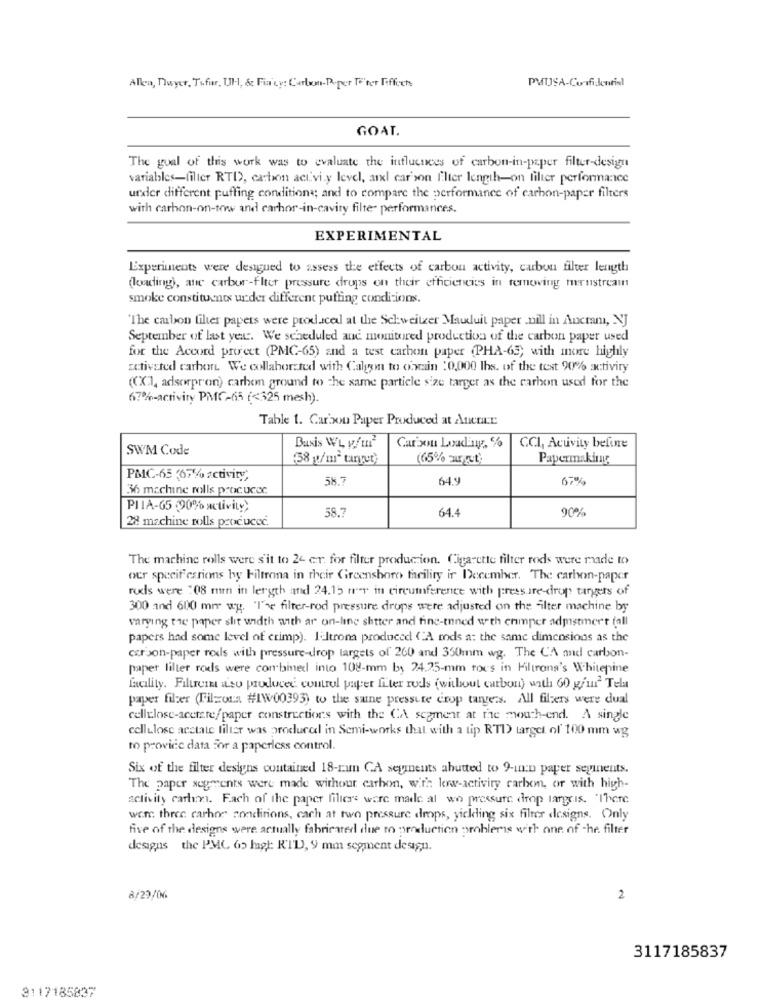
PMUSA-Confidential
Allen, Dwyer, Tifier, Ul ., & Fia'cy: Carlwm-Poper Te'ter Fiffoch
GOAT.
The goal of this work was to evaluate the influences of carbon-in-paper filter-design
variables-filter RTI, cation activity level, and carson filter length-on filter performance
under different puffing conditions; and to compare the performance of carbon-paper filters
with carbon-on-wow and carhor-in-cavity filte- performances.
EXPERIMENTAL
Experiments were designed to assess the effects of carbon activity, carbon filter length
(loading), ate carbor-fIter pressure drops on their efficiencies in temoving merustream
smoke constituents under different puffing conditions.
"The carbon filter papers were produced at the Schweitzer Mauduit paper nill in Ancram, NJ
September of last yer :. We scheduled and monitored production of the carbon paper used
for the Accord project (PMC-65) and a test carbon paper (PHA-65; with more highly
activated carbon We collaborated with Calgon to obrain 20,000 lbs. of the test 90% activity
(CX'], adsorpron) carbon ground to the same particle size targer as the carbon used for the
67%-activity PMC-65 (<325 mesh).
Table 1. Carbon Paper Produced at Aurar
SWM Code
Basis WL wft'
Carson Loading, %
CCI, Acuvity before
(58 g/mª tunyet)
(65% must'
Papermaking
PBC-65 ,67% activity,
58.7
64.9
67%
36 machine rolls procucoc
PIIA-65 90% activity;
58.7
64.4
90%
28 machine rolls produced.
The machine rolls were s'it to 24 er. for filter production. Cigarette filter rods were made to
our specif esrions hy Filtrona in their Greensboro facility ir December. The carbon-paper
rods were :08 mm in length and 24.12 - in circumference with pressure-drop targets of
300 and 600 mm wy. The filter-rod pressure drops were adjusted on the filter machine by
varying the paper slit width with ar on-line shtter and fine-tuned uth enimper admstmert (all
papers had some level of crimp). Iltrona produced ("A mods a: the same dimensions as the
carbon-paper rods with pressure-drop targets of 260 and 350mm wg. The CA and carbon-
paper filter rods were combined into 108-mm by 24.25-mm tous in Filtrona's Whitepine
facility. Filtrem a'so produced control paper fiter rods (without carbon) with 60 gur Tela
paper filter (Filzona #1W00393) to the same pressure crop tangens. All filters were dual
cellulose-acetate/paper constructions with the CA segment at the mouth-end. A single
cellulose acciate filter was produced in Semi-works that with a tip RTI) target of 100 mm wg
to provide data for a paperless control.
Six of the filter designs contained 18-run GA segments abutted to 9-inn paper seginents.
The paper segments were made withour carbon, with loww-activity carbon, or with high-
activity carbon. Fach of the paper fillers were made al wo pressure drop large.is. "There
were three carhoe conditions, cach at two pressure drops, yielding six filter designs. Only
five of the designs were actually fabricated due to production problems with one of -he. filter
designs the PMC 65 lagt: KID, 9 mm segment design.
8/29/06
2
3117185837
3117185837